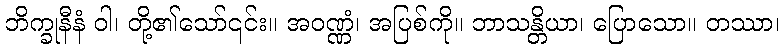
ဘိက္ခုနီနံ ဝါ၊ တို့၏သော်၎င်း။ အဝဏ္ဏံ၊ အပြစ်ကို။ ဘာသန္တိယာ၊ ပြောသော။ တဿာ၊